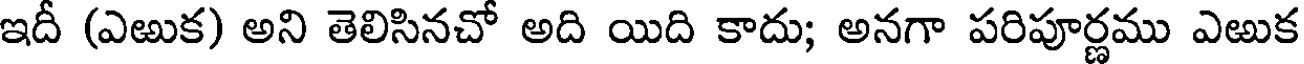
ఇదీ (ఎఱుక) అని తెలిసినచో అది యిది కాదు; అనగా పరిపూర్ణము ఎఱుక